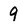
Character: 9